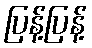
ပြန့်ပြန့်